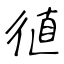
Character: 徝